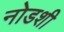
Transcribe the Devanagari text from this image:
नोडशी